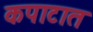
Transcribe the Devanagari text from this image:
कपाटात